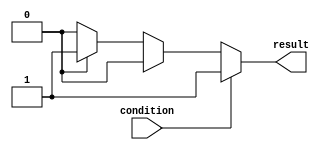
module if_else_statement(
    input wire condition,
    output reg result
);

always @(*) begin
    if (condition) begin
        // code to be executed if condition is true
        result = 1;
    end
    else if (other_condition1) begin
        // code to be executed if other_condition1 is true
        result = 2;
    end
    else if (other_condition2) begin
        // code to be executed if other_condition2 is true
        result = 3;
    end
    else begin
        // default behavior if none of the conditions are met
        result = 0;
    end
end

endmodule